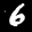
Label: 6